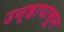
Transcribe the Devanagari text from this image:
उन्हापासून